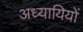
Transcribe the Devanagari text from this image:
अध्यायियों